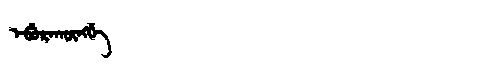
Manchu: ᡝᠪᡠᡵᠠᡴᡡᠩᡤᡝ
Romanization: EBURAKŪNGGE